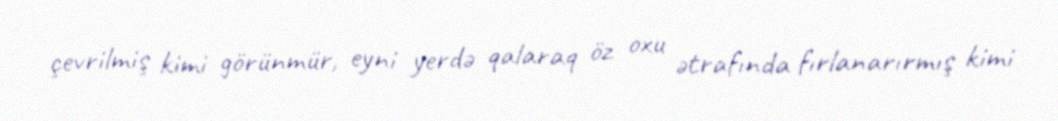
çevrilmiş kimi görünmür, eyni yerdə qalaraq öz oxu ətrafında fırlanarırmış kimi